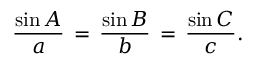
{ \frac { \sin A } { a } } \, = \, { \frac { \sin B } { b } } \, = \, { \frac { \sin C } { c } } .